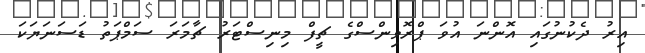
އިރު ދެކުނުގައި އޮންނަ އުވަ ޕްރޮވިންސްގެ ޗީފް މިނިސްޓަރު ޗާމަރަ ސަމްޕަތު ޑަސަނަޔަކަ